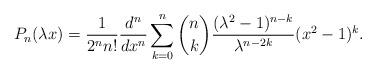
LaTeX: \begin{align*}P_{n}(\lambda x) = \dfrac{1}{2^{n}n!} \dfrac{d^{n}}{dx^{n}} \sum_{k=0}^{n} {n \choose k} \dfrac{(\lambda^{2}-1)^{n-k}}{\lambda ^{n-2k}} (x^{2}-1)^{k}.\end{align*}